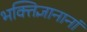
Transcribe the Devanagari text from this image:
भक्तिज्ञानानां